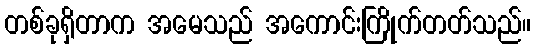
တစ်ခုရှိတာက အမေသည် အကောင်းကြိုက်တတ်သည်။